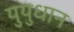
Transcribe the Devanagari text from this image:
युयुधान